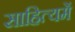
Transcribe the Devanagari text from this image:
साहित्यमें